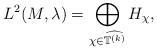
LaTeX: \begin{align*} L^2(M,\lambda)=\bigoplus_{\chi \in \widehat{ {\mathbb T}^{(k)}}} H_\chi,\end{align*}